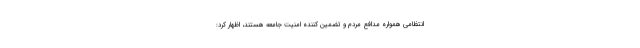
انتظامی همواره مدافع مردم و تضمین کننده امنیت جامعه هستند، اظهار کرد: